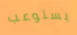
يستوعب